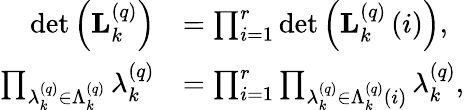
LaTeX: \begin{array}{rl}{\det\left(\mathbf{L}_{k}^{\left(q\right)}\right)}&{=\prod_{i=1}^{r}\det\left(\mathbf{L}_{k}^{\left(q\right)}\left(i\right)\right),}\\ {\prod_{\lambda_{k}^{\left(q\right)}\in\Lambda_{k}^{\left(q\right)}}\lambda_{k}^{\left(q\right)}}&{=\prod_{i=1}^{r}\prod_{\lambda_{k}^{\left(q\right)}\in\Lambda_{k}^{\left(q\right)}\left(i\right)}\lambda_{k}^{\left(q\right)},}\end{array}